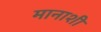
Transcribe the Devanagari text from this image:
मानाशी